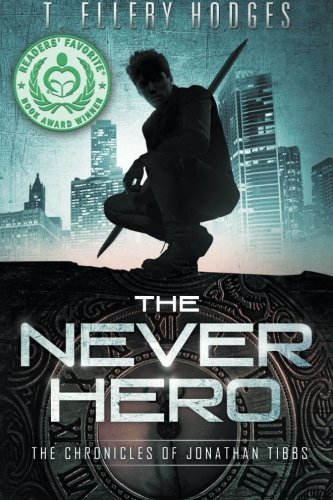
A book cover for The Never Hero (Chronicles of Jonathan Tibbs) (Volume 1); T Ellery Hodges; Science Fiction & Fantasy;